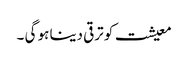
معیشت کو ترقی دینا ہو گی ۔